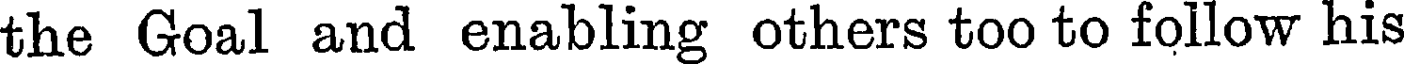
the Goal and enabling others too to follow his